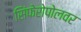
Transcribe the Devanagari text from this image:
सिंफेरोपोलवर